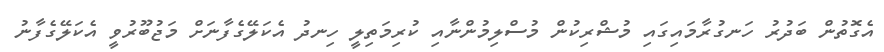
އެގޮތުން ބަދުރު ހަނގުރާމައިގައި މުޝްރިކުން މުސްލިމުންނާއި ކުރިމަތިލީ ހިނދު އެކަލޭގެފާނަށް މަޖުބޫރުވީ އެކަލޭގެފާނު